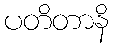
ပတိတာနိ